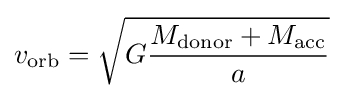
v_{\text{orb}}={\sqrt {G{\frac {M_{\text{donor}}+M_{\text{acc}}}{a}}}}